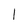
Character: 1